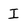
Character: I